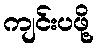
ကျင်းပဖို့